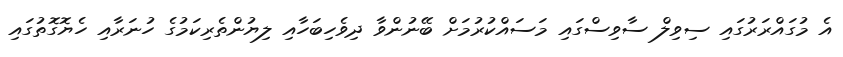
އެ މުގައްރަރުގައި ސިވިލް ސާވިސްގައި މަސައްކުރުމަށް ބޭނުންވާ ދިވެހިބަހާއި ލިޔުންތެރިކަމުގެ ހުނަރާއި ހެޔޮގޮތުގައި